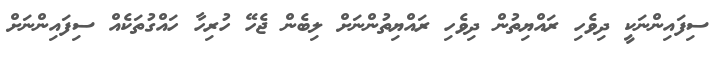
ސިފައިންނަކީ ދިވެހި ރައްޔިތުން ދިވެހި ރައްޔިތުންނަށް ލިބެން ޖެހޭ ހުރިހާ ހައްގުތަކެއް ސިފައިންނަށް